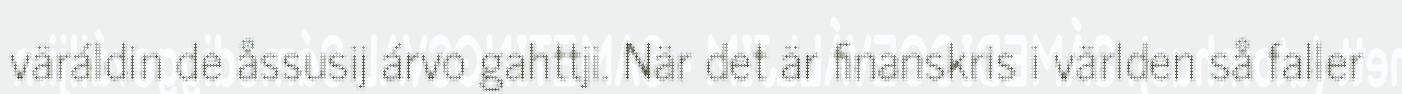
väráldin de åssusij árvo gahttji. När det är finanskris i världen så faller